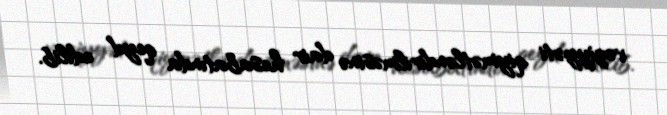
vəziyyəti qiymətləndirilməsinə dair hesabatında qeyd edilib.